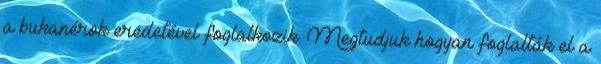
a bukanérok eredetével foglalkozik. Megtudjuk hogyan foglalták el a